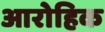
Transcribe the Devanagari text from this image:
आरोहिक